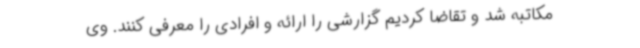
مکاتبه شد و تقاضا کردیم گزارشی را ارائه و افرادی را معرفی کنند. وی